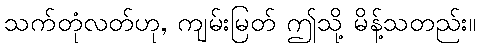
သက်တုံလတ်ဟု, ကျမ်းမြတ် ဤသို့ မိန့်သတည်း။